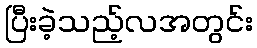
ပြီးခဲ့သည့်လအတွင်း